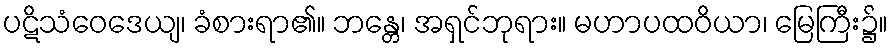
ပဋိသံဝေဒေယျ၊ ခံစားရာ၏။ ဘန္တေ၊ အရှင်ဘုရား။ မဟာပထဝိယာ၊ မြေကြီး၌။